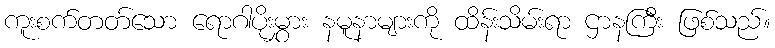
ကူးစက်တတ်သော ရောဂါပိုးမွှား နမူနာများကို ထိန်းသိမ်းရာ ဌာနကြီး ဖြစ်သည်။